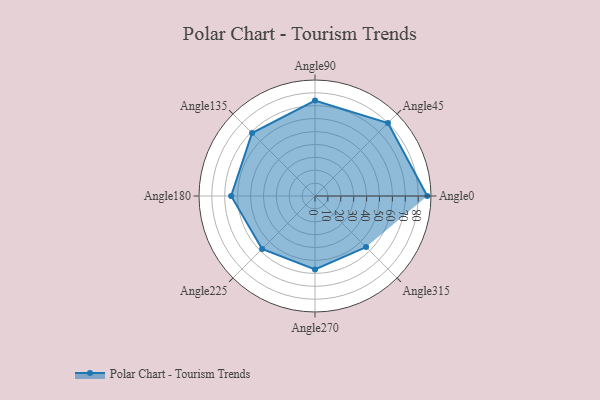
{"axis": {"x": "Angle", "y": "Radius"}, "legend": [""], "data": [{"x": "Angle0", "y": 87.0, "type": ""}, {"x": "Angle45", "y": 80.0, "type": ""}, {"x": "Angle90", "y": 74.0, "type": ""}, {"x": "Angle135", "y": 69.0, "type": ""}, {"x": "Angle180", "y": 65.0, "type": ""}, {"x": "Angle225", "y": 58.0, "type": ""}, {"x": "Angle270", "y": 57.0, "type": ""}, {"x": "Angle315", "y": 56.0, "type": ""}]}